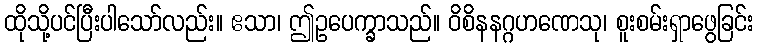
ထိုသို့ပင်ပြီးပါသော်လည်း။ ဧသာ၊ ဤဥပေက္ခာသည်။ ဝိစိနနဂ္ဂဟဏေသု၊ စူးစမ်းရှာဖွေခြင်း